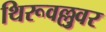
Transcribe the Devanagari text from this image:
थिरूवल्लुवर